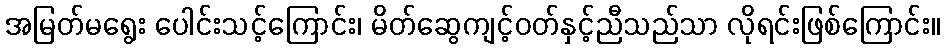
အမြတ်မရွေး ပေါင်းသင့်ကြောင်း၊ မိတ်ဆွေကျင့်ဝတ်နှင့်ညီသည်သာ လိုရင်းဖြစ်ကြောင်း။